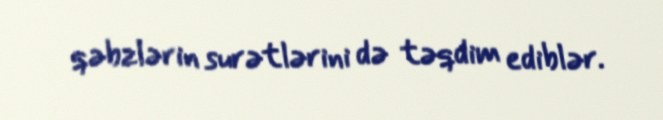
qəbzlərin surətlərini də təqdim ediblər.